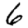
Digit: 6